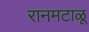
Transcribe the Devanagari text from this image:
रानमटाळू